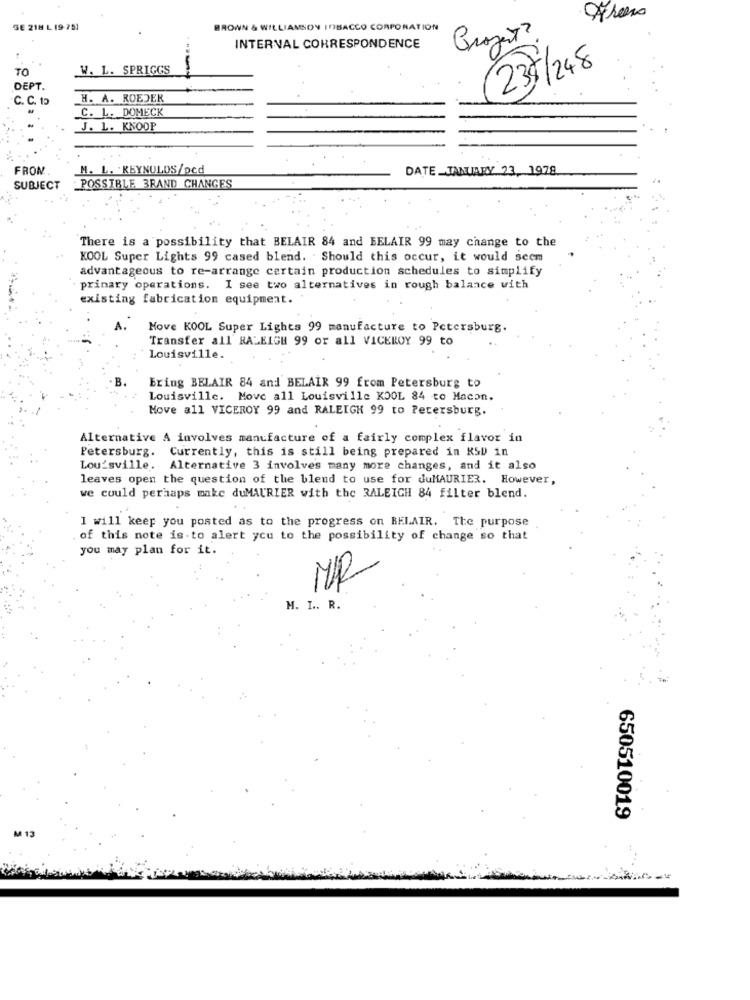
SE 218 L (9 75)
BROWN & WILLIAMSON INBACCO CORPORATION
Projet?
INTERVAL CORRESPONDENCE
TO
W. L. SPRIGGS
235/248
DEPT.
C. C. 12
H. A. ROEDER
C. L. DOMECK
J. L. KNOOP
FROM
M. L. . REYNOLDS/pcd
DATE JANUARY 23, 1978
SUBJECT
POSSIBLE 3RAND CHANGES
There is a possibility that BELAIR 84 and BELAIR 99 may change to the
KOOL Super Lights 99 cased blend. . Should this occur, it would seem
advantageous to re-arrange certain production schedules to simplify
primary operations. I see two alternatives in rough balance with
existing fabrication equipment.
Move KOOL Super Lights 99 manufacture to Petersburg.
Transfer all' RALEIGH 99 or all VICEROY 99 to
Louisville.
Ering BELAIR 84 and BELAIR 99 from Petersburg to
Louisville. Move all Louisville KOOL 84 to Macon.
Move all VICEROY 99 and RALEIGH 99 to Petersburg.
Alternative A involves manufacture of a fairly complex flavor in
Petersburg. Currently, this is still being prepared in KSU in
Louisville. Alternative 3 involves many more changes, and it also
leaves open the question of the blend to use for duMAURIER. However,
we could perhaps make duMAURIER with the RALEIGH 84 filter blend.
1 will keep you posted as to the progress on BELAIR. The purpose
of this note is to alert you to the possibility of change so that
you may plan for it.
MR
M. I .. R.
650510019
M 13